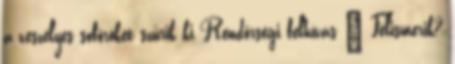
a veszélyes sofőröket szűrik ki Rendőrségi felhívás – Felismerik?